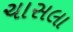
ચાસલા